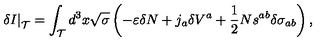
\left. \delta I \right| _ { { \cal T } } = \int _ { { \cal T } } d ^ { 3 } x \sqrt { \sigma } \left( - \varepsilon \delta N + j _ { a } \delta V ^ { a } + \frac { 1 } { 2 } N s ^ { a b } \delta \sigma _ { a b } \right) ,